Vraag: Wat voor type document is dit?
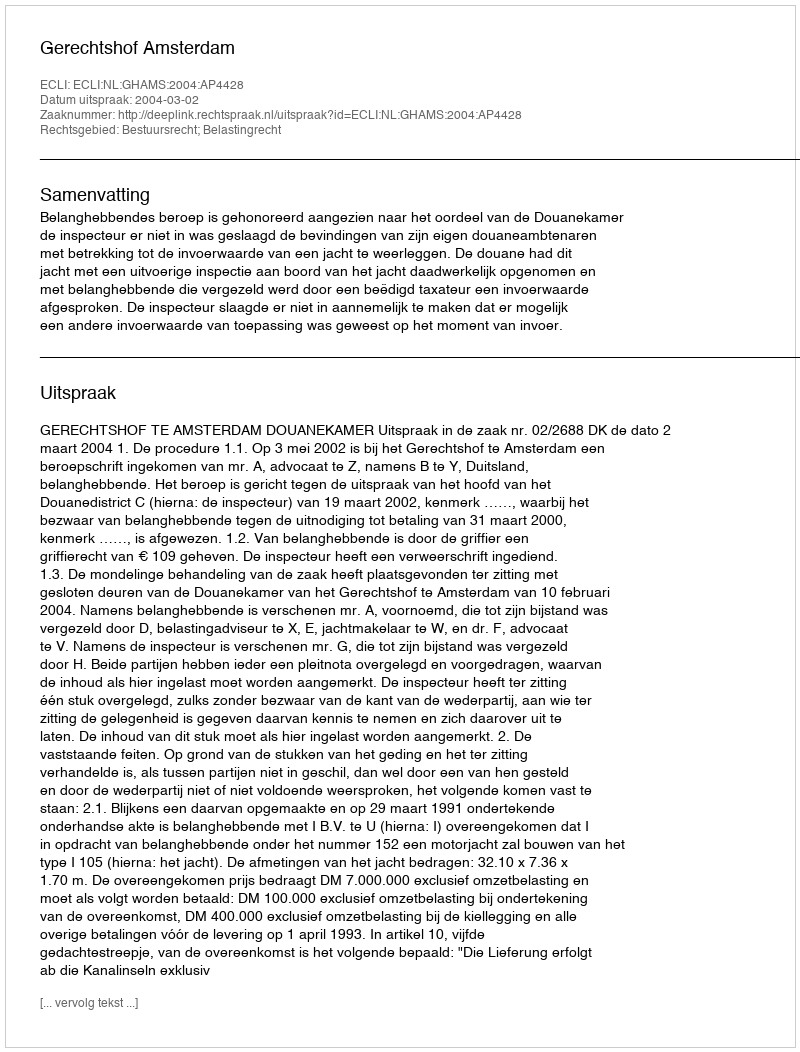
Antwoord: Uitspraak